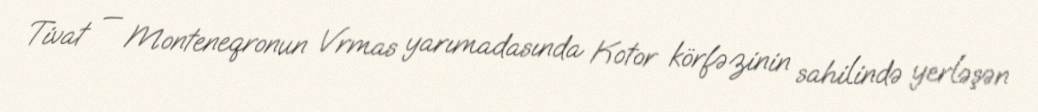
Tivat — Monteneqronun Vrmas yarımadasında Kotor körfəzinin sahilində yerləşən